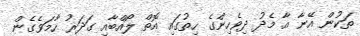
ތަކުން އޭނާ އާ މެދު ދިވެހިންގެ ހިތުގައި އޮތް ލޯއްބާއި ގަދަރު ހާމަވެގެން